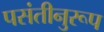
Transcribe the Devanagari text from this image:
पसंतीनुरूप